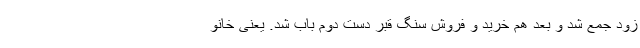
زود جمع شد و بعد هم خرید و فروش سنگ قبر دست دوم باب شد. یعنی خانو